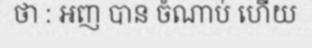
ថា : អញ បាន ចំណាប់ ហើយ